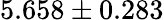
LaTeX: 5.658\pm 0.283